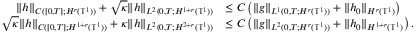
\begin{array} { r l } { \| h \| _ { C ( [ 0 , T ] ; H ^ { r } ( \ensuremath { \mathbb { T } } ^ { 1 } ) ) } + \sqrt { \kappa } \| h \| _ { L ^ { 2 } ( 0 , T ; H ^ { 1 + r } ( \ensuremath { \mathbb { T } } ^ { 1 } ) ) } } & { \leq C \left( \| g \| _ { L ^ { 1 } ( 0 , T ; H ^ { r } ( \ensuremath { \mathbb { T } } ^ { 1 } ) ) } + \| h _ { 0 } \| _ { H ^ { r } ( \ensuremath { \mathbb { T } } ^ { 1 } ) } \right) } \\ { \sqrt { \kappa } \| h \| _ { C ( [ 0 , T ] ; H ^ { 1 + r } ( \ensuremath { \mathbb { T } } ^ { 1 } ) ) } + \kappa \| h \| _ { L ^ { 2 } ( 0 , T ; H ^ { 2 + r } ( \ensuremath { \mathbb { T } } ^ { 1 } ) ) } } & { \leq C \left( \| g \| _ { L ^ { 2 } ( 0 , T ; H ^ { r } ( \ensuremath { \mathbb { T } } ^ { 1 } ) ) } + \| h _ { 0 } \| _ { H ^ { 1 + r } ( \ensuremath { \mathbb { T } } ^ { 1 } ) } \right) . } \end{array}